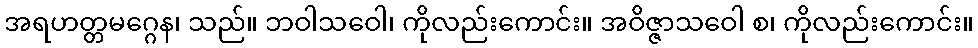
အရဟတ္တမဂ္ဂေန၊ သည်။ ဘဝါသဝေါ၊ ကိုလည်းကောင်း။ အဝိဇ္ဇာသဝေါ စ၊ ကိုလည်းကောင်း။